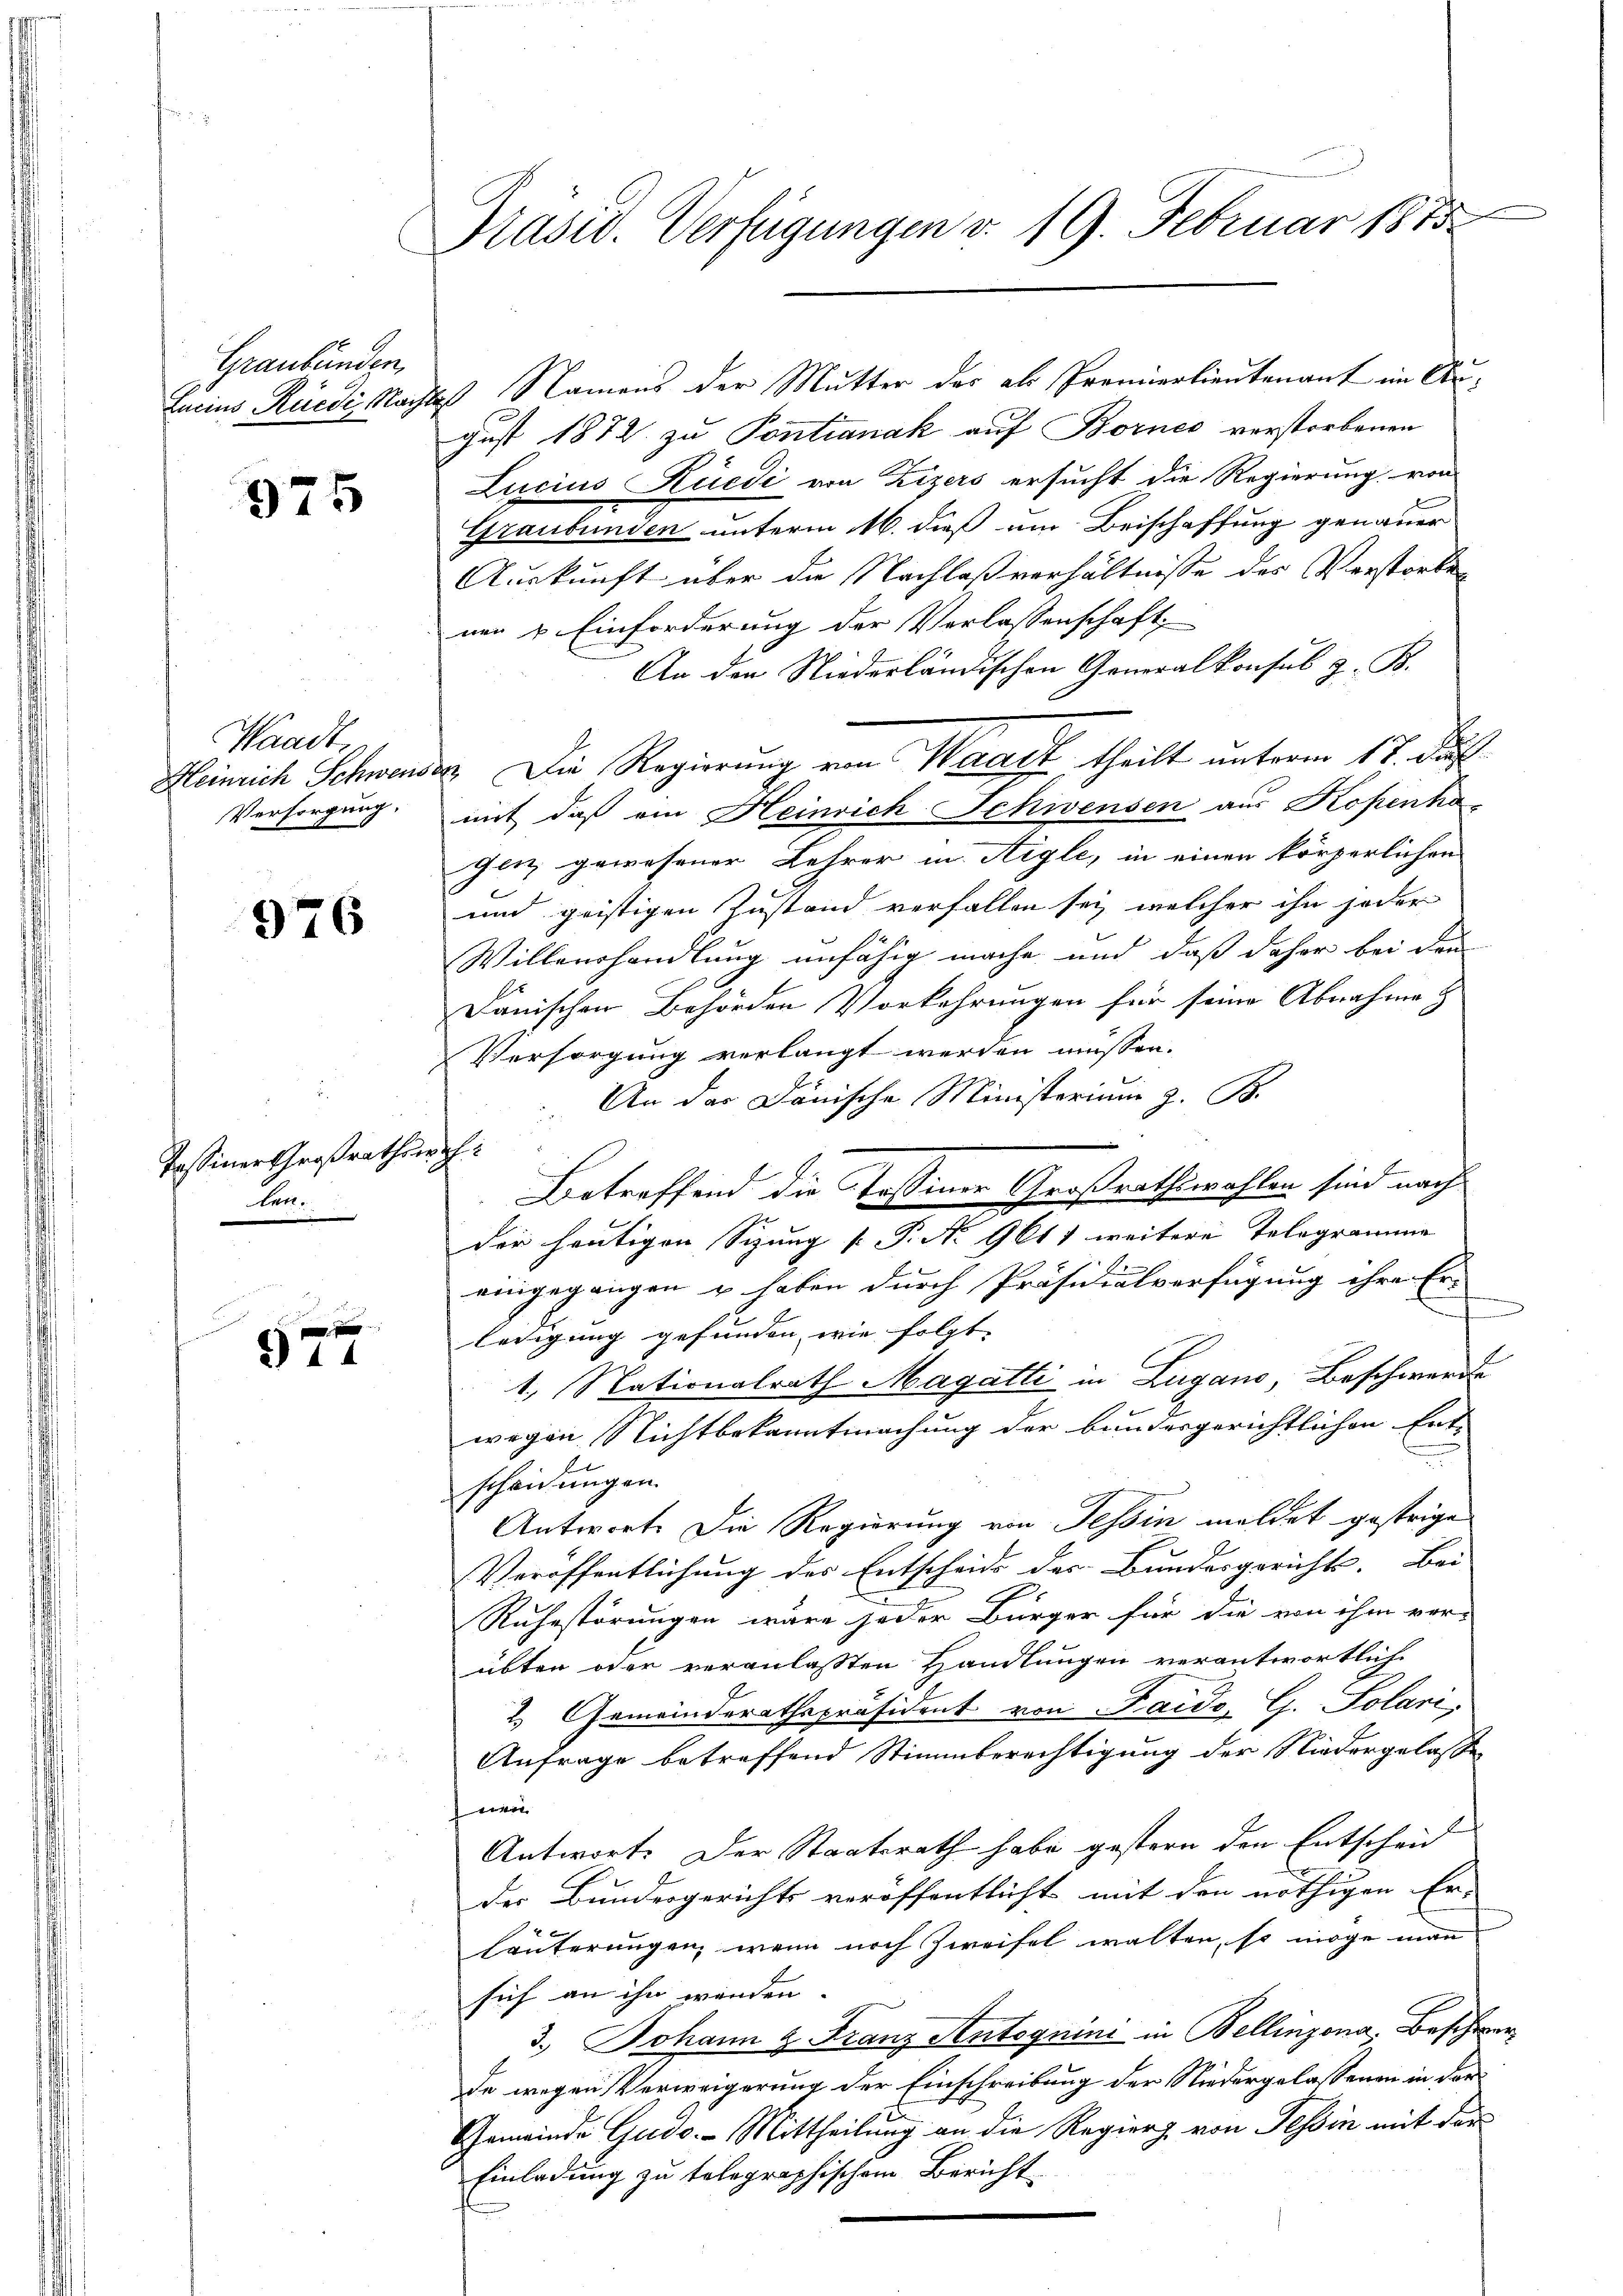
Graubünden

975

Waadt
Versorgung.

976

Tassiner Großrathes:
ten.

244

Präsid. Verfügungen v. 19. Februar 1873

Lacius Rüedi, Nachtes Namens der Mutter der als Pronierlieutenant im Argust 1872 zu Pontianak auf Bornes verstorbenen
Lucius Rüedi von Zizers ersucht die Regierung von
Graubünden unterm 16. dieß um Beischaffung genauer
Auskunft über die Nachlaßverhältnisse der Verstorben
nen & Einforderung der Verlassenschaft,
An den Niederländischen Generalkonsul z. B.
Heinrich Schwender Die Regierung von Waadt, theilt unterm 17. Jul
mit, daß ein Heinrich Schwensen aus Kopenhas
genz gewesener Lehrer in Aigle, in einen körperlichen
und geistigen Zustand verfallen sei, welcher ihn jeder
Willenshandlung unfähig mache und daß daher bei den
danischen Behörden Vorkehrungen für seine Abnahme &
Versorgung verlangt werden müssen.
 An das Dänische Ministerium z. B.
Betreffend die Tassener Großrathswahlen sind nach
der heutigen Sizung [ P. No 9611 weitere Telegramme |
eingegangen u haben durch Präsidialverfügung ihre Er-
n
ledigung gefunden, wie folgt. |
1. Nationalrath Magatti in Zugano, Beschwerde
wegen Nichtbekanntmachung der bundesgerichtlichen Ent-
scheidungen.
Antworte die Regierung von Tessin meldet gestrige
Veröffentlichung der Entscheide der Bundesgerichts. Bei
Ruhestörungen wäre jeder Bürger für die von ihm ver-
übten oder veranlassten Handlungen verantwortlich
2. Gemeinderathspräsident von Faido, G. Solari,
Anfrage betreffend Stimmberechtigung der Niedergelasse
vien
Antwort: Der Staatsrath habe gestern den Entscheid
der Bundesgerichts veröffentlicht mit den nöthigen Er- |
häuterungen, wenn noch Zweifel walten, so möge man
sich an ihn werden.
u
3.) Johann & Franz Antognini in Bellinzona. Beschwerde wegen Verweigerung der Einschreibung der Niedergelassenen in der
Gemeinde Gudo- Mittheilung an die Regierz von Tessin mit der
Einladung zu telegraphischem Bericht